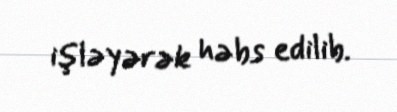
işləyərək həbs edilib.